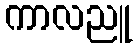
ကာလညူ